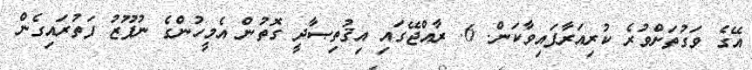
އޭގެ ވަގުތަށްވުރެ ކުރިއަރާފައިވާކަން. 6. ރާއްޖޭގައި އިޤުތިޞާދީ ގޮތުން އެމީހުންގެ ނުފޫޒު ފަތުރައިގެން